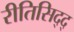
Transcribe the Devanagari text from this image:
रीतिसिद्द्